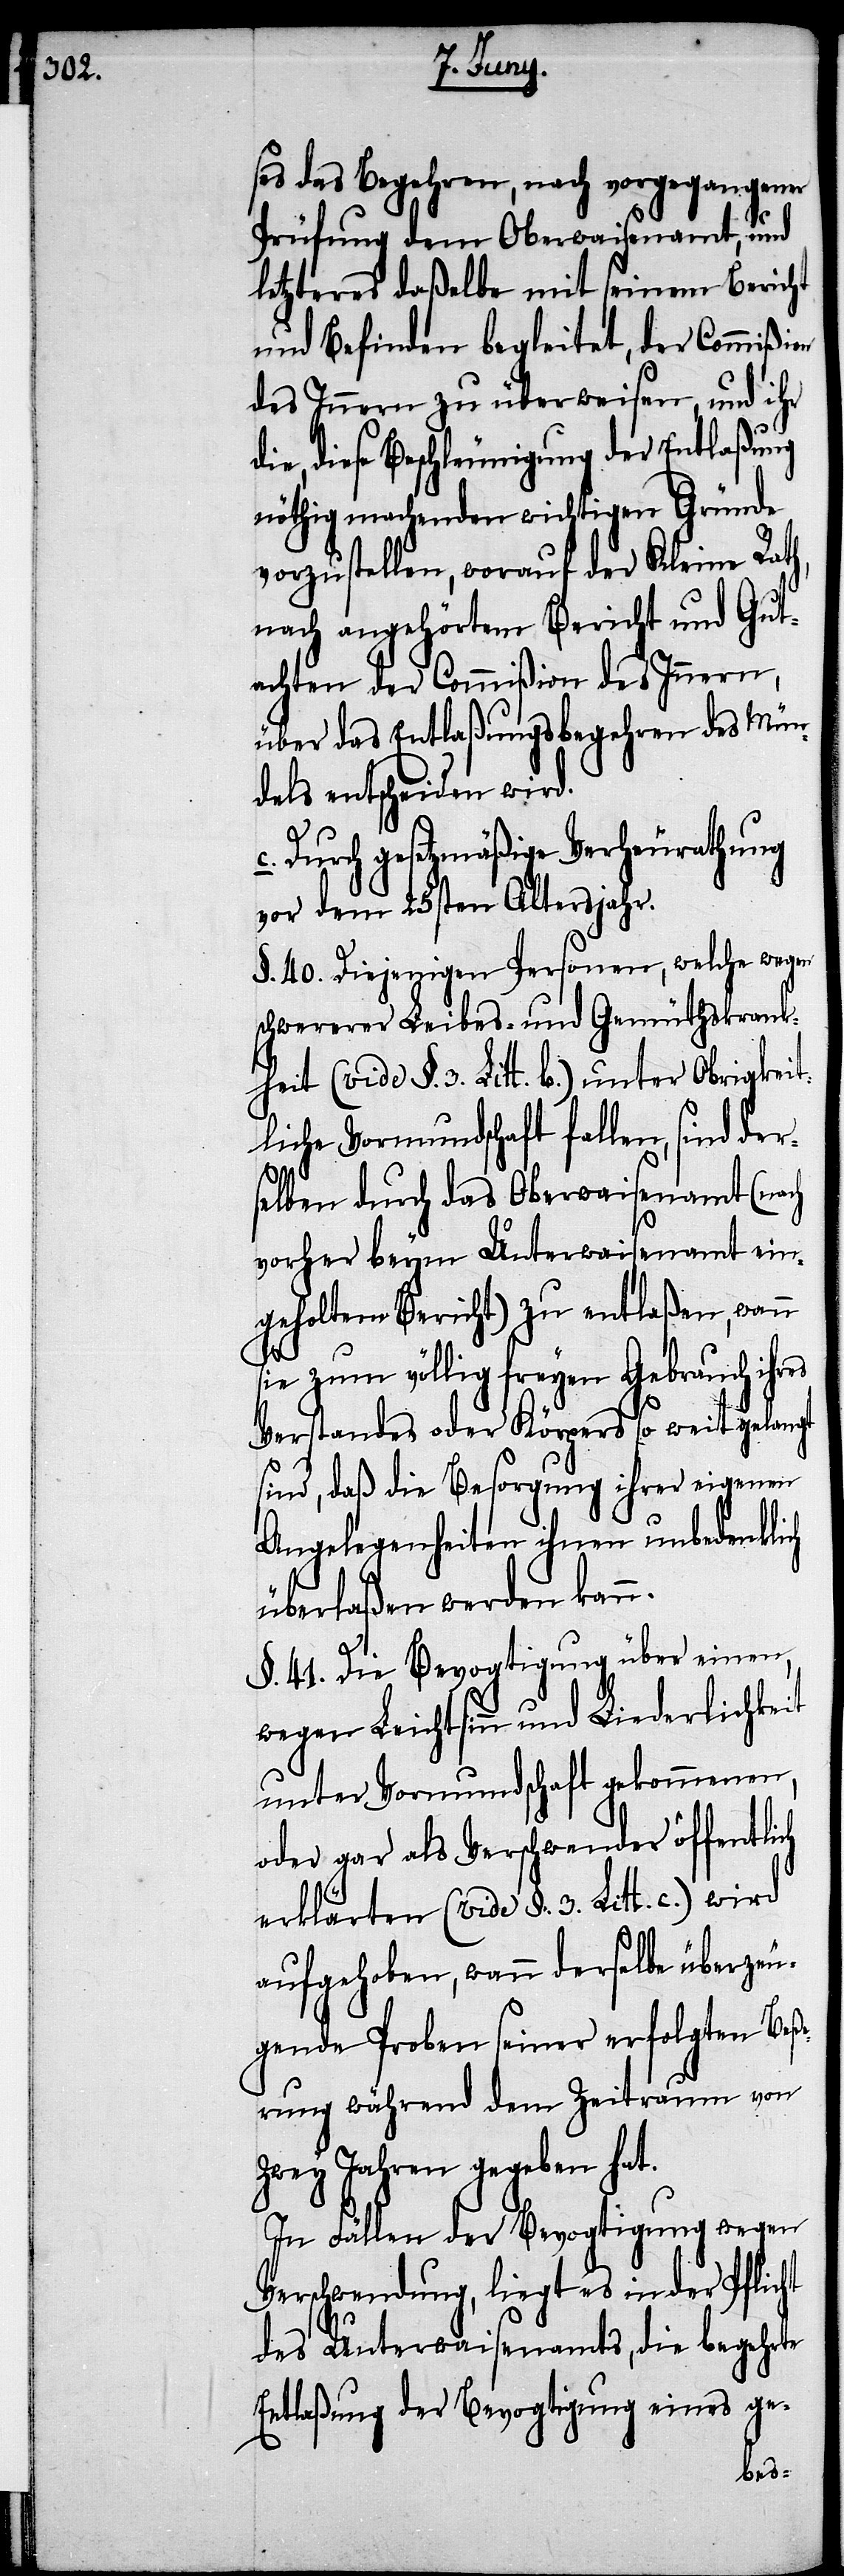
ses Begehren, nach vorgegangener
Prüfung dem Oberwaisenamt, und
letzteres daßelbe mit seinem Bericht
und Befinden begleitet, der Commißion
des Innern zu überweisen, und ihr
die, diese Beschleunigung der Entlaßung
nöthig machenden wichtigen Gründe
vorzustellen, worauf der Kleine Rat¬
nach angehörtem Bericht und Gut¬
achten den Commißion des Innern,
über das Entlaßungsbegehren des Mün¬
dels entscheiden wird.
Durch gesetzmäßige Verheurathung
vor dem 25sten Altersjahr.
§. 40. Diejenigen Personen, welche wegen
schwererer Leibes- und Gemüthskrank¬
heit (vide §. 3. Litt. b.) unter Obrigkei¬
tliche Vormundschaft fallen, sind der¬
selben durch das Oberwaisenamt (nach
vorher beym Unterwaisenamt ein¬
geholtem Bericht) zu entlaßen, wann
sie zum völlig freyen Gebrauch ihres
Verstandes oder Körpers so weit gelangt
sind, daß die Besorgung ihrer eigenen
Angelegenheiten ihnen unbedenklich
überlaßen werden kann.
§. 41. Die Bevogtigung über einen,
wegen Leichtsinn und Liederlichkeit
unter Vormundschaft gekommenen,
oder gar als Verschwender öffentlich
erklärten (vide §. 3. Litt. c.) wird
aufgehoben, wann derselbe überzeu¬
gende Proben seiner erfolgten Beße¬
rung während dem Zeitraum von
zwey Jahren gegeben hat.
In Fällen der Bevogtigung wegen
Verschwendung, liegt es in der Pflicht
des Unterwaisenamts, die begehrte
Entlaßung der Bevogtigung eines ge-
h,